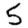
Digit: 5